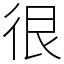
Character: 很